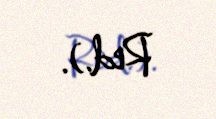
Red.).